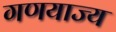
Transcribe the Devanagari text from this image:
गणयाज्य